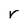
Character: r